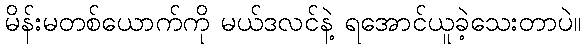
မိန်းမတစ်ယောက်ကို မယ်ဒလင်နဲ့ ရအောင်ယူခဲ့သေးတာပဲ။